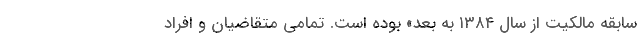
سابقه مالکیت از سال ۱۳۸۴ به بعد» بوده است. تمامی متقاضیان و افراد